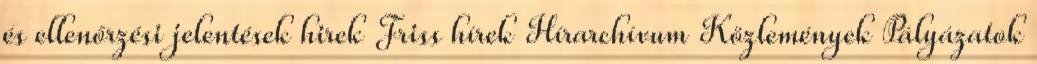
és ellenőrzési jelentések hirek Friss hírek Hírarchívum Közlemények Pályázatok